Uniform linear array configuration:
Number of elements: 4
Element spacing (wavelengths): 1
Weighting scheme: exponential
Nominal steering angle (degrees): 0
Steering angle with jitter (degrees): -1.187
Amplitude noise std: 0.05
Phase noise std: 0.05

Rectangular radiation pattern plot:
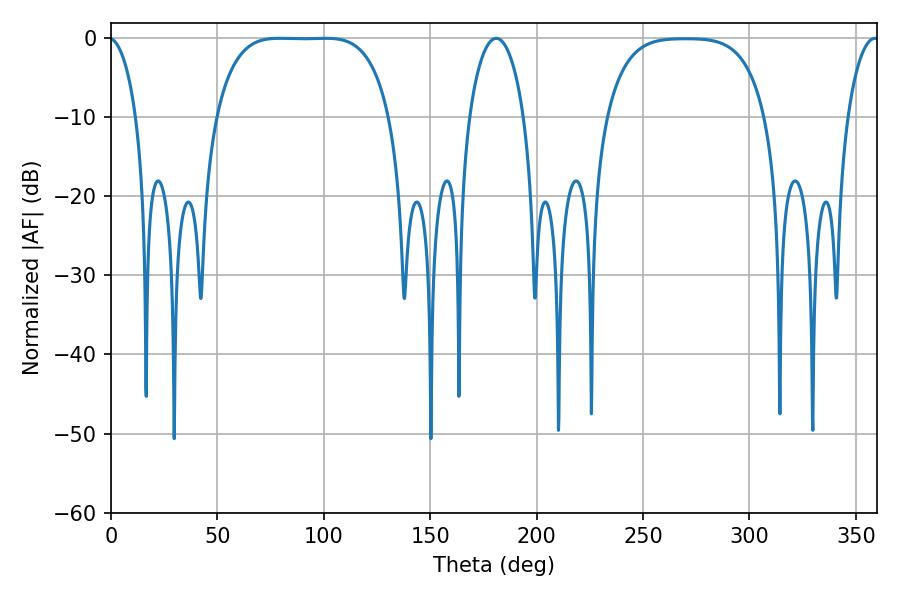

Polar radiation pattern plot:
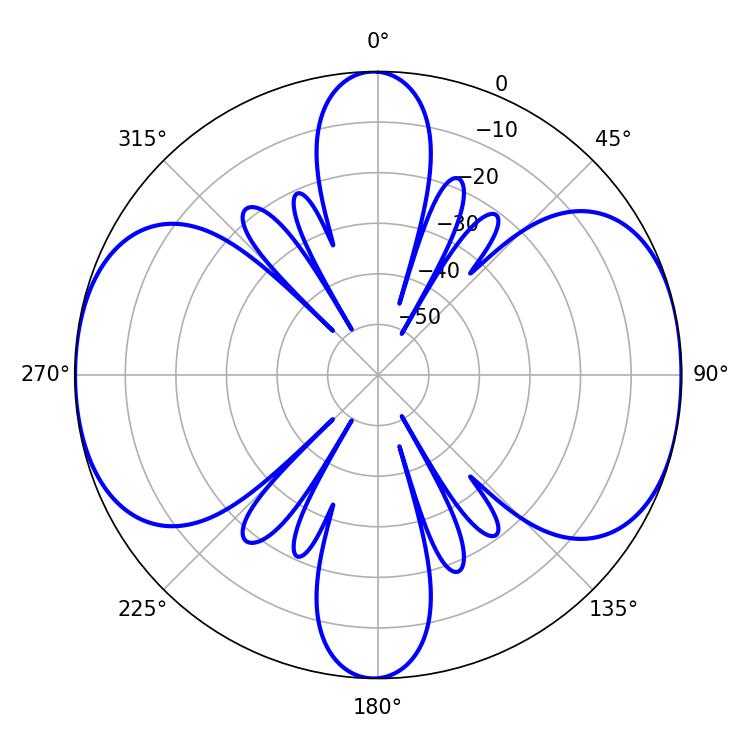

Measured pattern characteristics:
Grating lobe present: TRUE
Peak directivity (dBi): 11.718
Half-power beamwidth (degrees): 62.64
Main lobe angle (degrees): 79.2